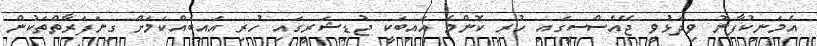
އެމަނިކުފާނު ވިދަޅުވީ ޖޭއެސްސީގައި ހުރި ކޮންމެ އައިބަކީ ޖުޑިޝަރީގައި ހުރި އައިބެއްކަމަށް ގިނަފަރާތްތަކުން